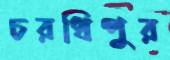
চরধিপুর